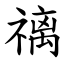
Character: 䄜